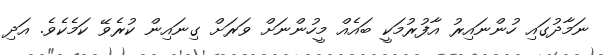
ނަމާދުގައި ހުންނައިރު އާފުރުމަކީ ބައެއް މީހުންނަށް ވަރަށް ގިނައިން ކުރެވޭ ކަމެކެވެ. އަދި